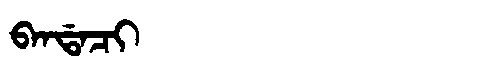
Manchu: ᠪᠠᠨᡩᠠᠴᡳ
Romanization: BANDACI